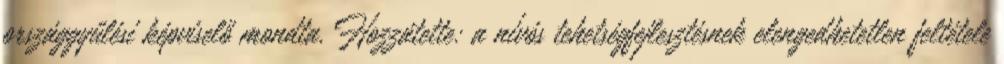
országgyűlési képviselő mondta. Hozzátette: a nívós tehetségfejlesztésnek elengedhetetlen feltétele